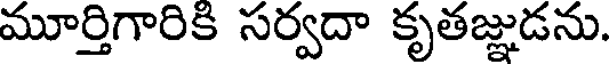
మూర్తిగారికి సర్వదా కృతజ్ఞుడను.